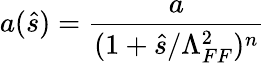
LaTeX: a(\hat{s})={\frac{a}{(1+\hat{s}/\Lambda_{FF}^{2})^{n}}}